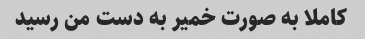
کاملا به صورت خمیر به دست من رسید